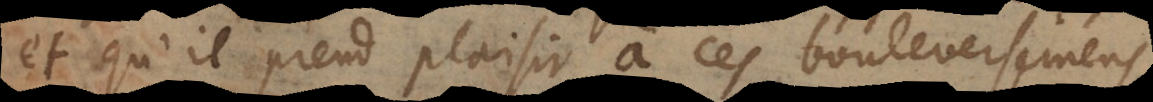
et qu’il prend plaisir à ces bouleversemens